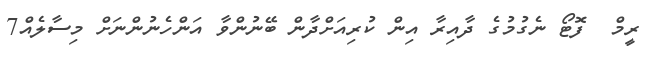
ރީމް  ފޮޓޯ ނެގުމުގެ ދާއިރާ އިން ކުރިއަށްދާން ބޭނުންވާ އަންހެނުންނަށް މިސާލެއް7